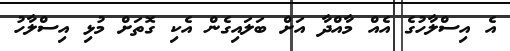
އެ އިސްލާހުގެ އެއް މާއްދާ އަށް ބަލައިގެން އެކި ގޮތަށް މުޅި އިސްލާހު